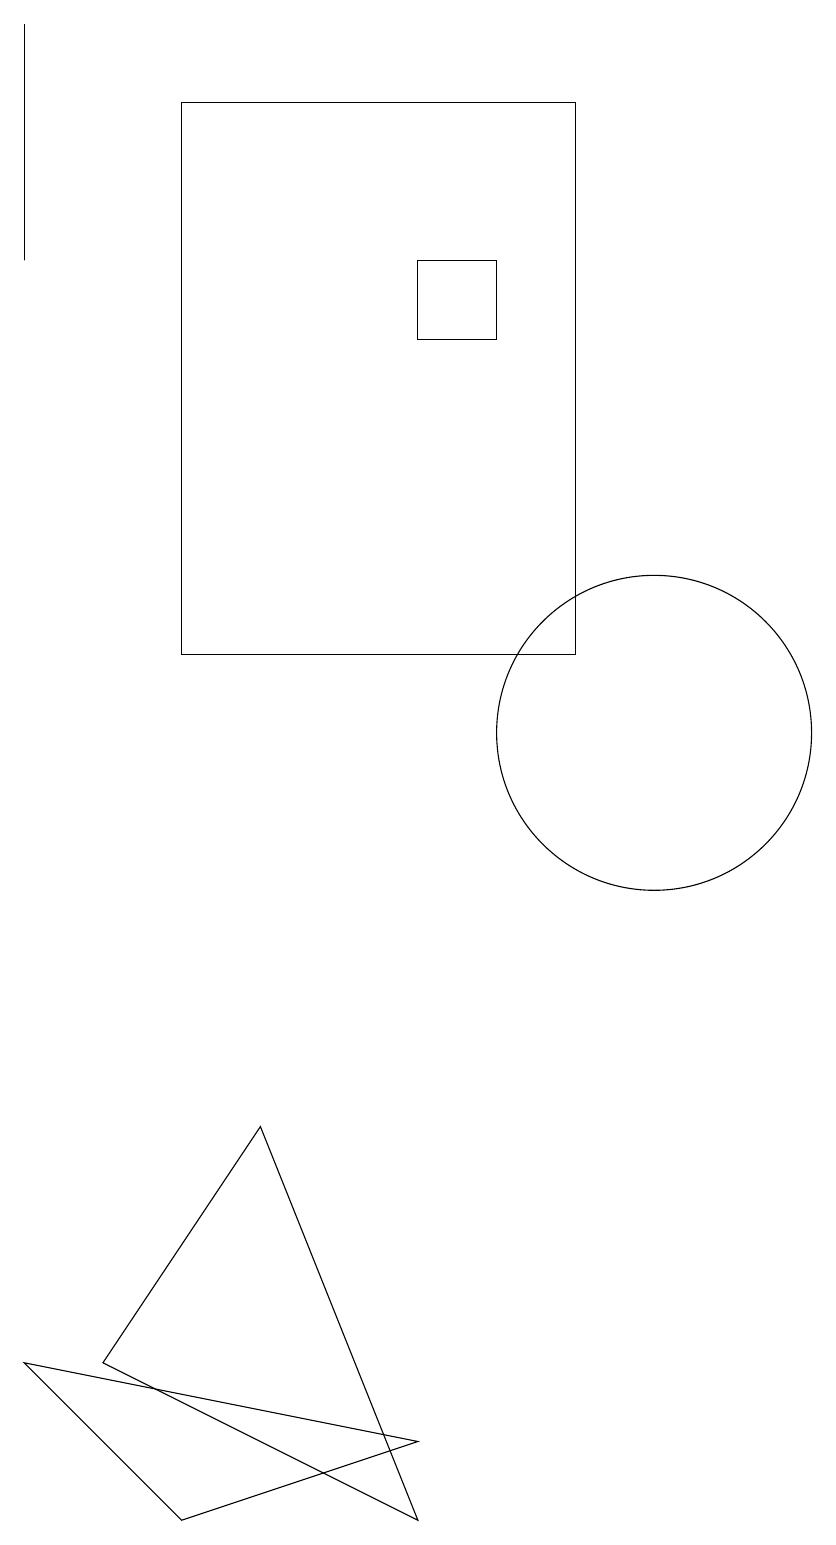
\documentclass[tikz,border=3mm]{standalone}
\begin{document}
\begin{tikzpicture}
\draw (10,10) circle (2);
\draw (7,0) -- (5,5) -- (3,2) -- cycle;
\draw (2,19) rectangle (2,16);
\draw (4,18) rectangle (9,11);
\draw (8,16) rectangle (7,15);
\draw (7,1) -- (2,2) -- (4,0) -- cycle;
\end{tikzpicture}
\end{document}